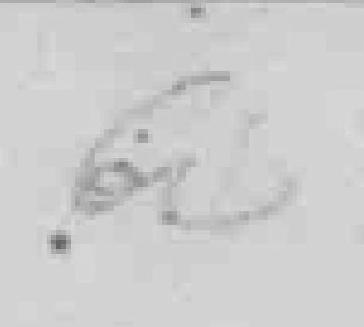
64